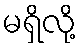
မရှိလို့